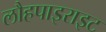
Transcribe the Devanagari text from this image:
लौहपाइराइट